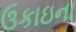
ઉકાઇના